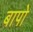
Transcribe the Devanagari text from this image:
बापो